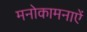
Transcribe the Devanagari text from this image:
मनोकामनाऐं